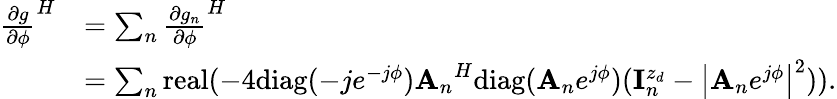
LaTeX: \begin{array}{rl}{{\frac{\partial g}{\partial\phi}}^{H}}&{=\sum_{n}{\frac{\partial g_{n}}{\partial\phi}}^{H}}\\ &{=\sum_{n}\mathrm{real}(-4\mathrm{diag}(-je^{-j\phi}){{\mathbf A}_{n}}^{H}\mathrm{diag}({{\mathbf A}_{n}}e^{j\phi})({\mathbf{I}}_{n}^{z_{d}}-\left|{{\mathbf A}_{n}}e^{j\phi}\right|^{2})).}\end{array}